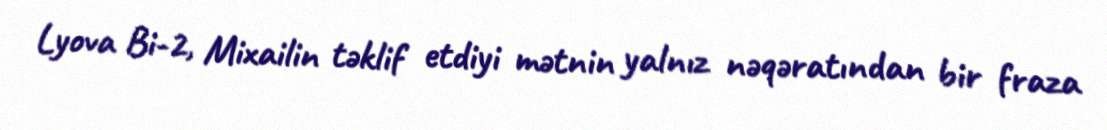
Lyova Bi-2, Mixailin təklif etdiyi mətnin yalnız nəqəratından bir fraza